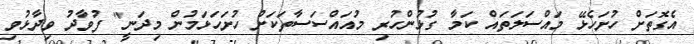
އެގޮތަށް ހުށަހެޅޭ މައްސަލަތައް ކަމާ ގުޅުންހުރި މުއައްސަސާތަކަށް ހުށަހަޅަމުން މިދަނީ" ފުވާދު ވިދާޅުވި